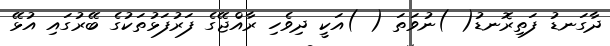
ދާގަނޑު ފަތިރޮނޑު( )ނުވަތަ ( )އަކީ ދިވެހި ރާއްޖޭގެ ފަރުފަޅުތަކުގެ ބޭރުގައި އުޅޭ